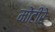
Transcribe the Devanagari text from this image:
मोंटीरे